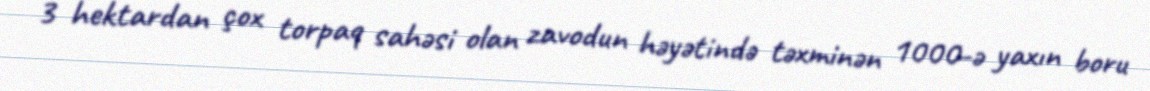
3 hektardan çox torpaq sahəsi olan zavodun həyətində təxminən 1000-ə yaxın boru